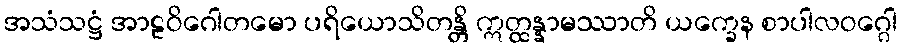
အသံသဋ္ဌံ အာဠဝိဂေါတမော ပရိယောသိတန္တိ ဣတ္ထန္နာမဿာတိ ယက္ခေန စာပါလဝဂ္ဂေါ